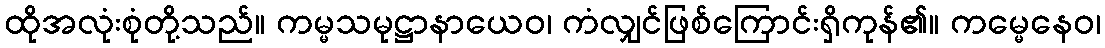
ထိုအလုံးစုံတို့သည်။ ကမ္မသမုဋ္ဌာနာယေဝ၊ ကံလျှင်ဖြစ်ကြောင်းရှိကုန်၏။ ကမ္မေနေဝ၊